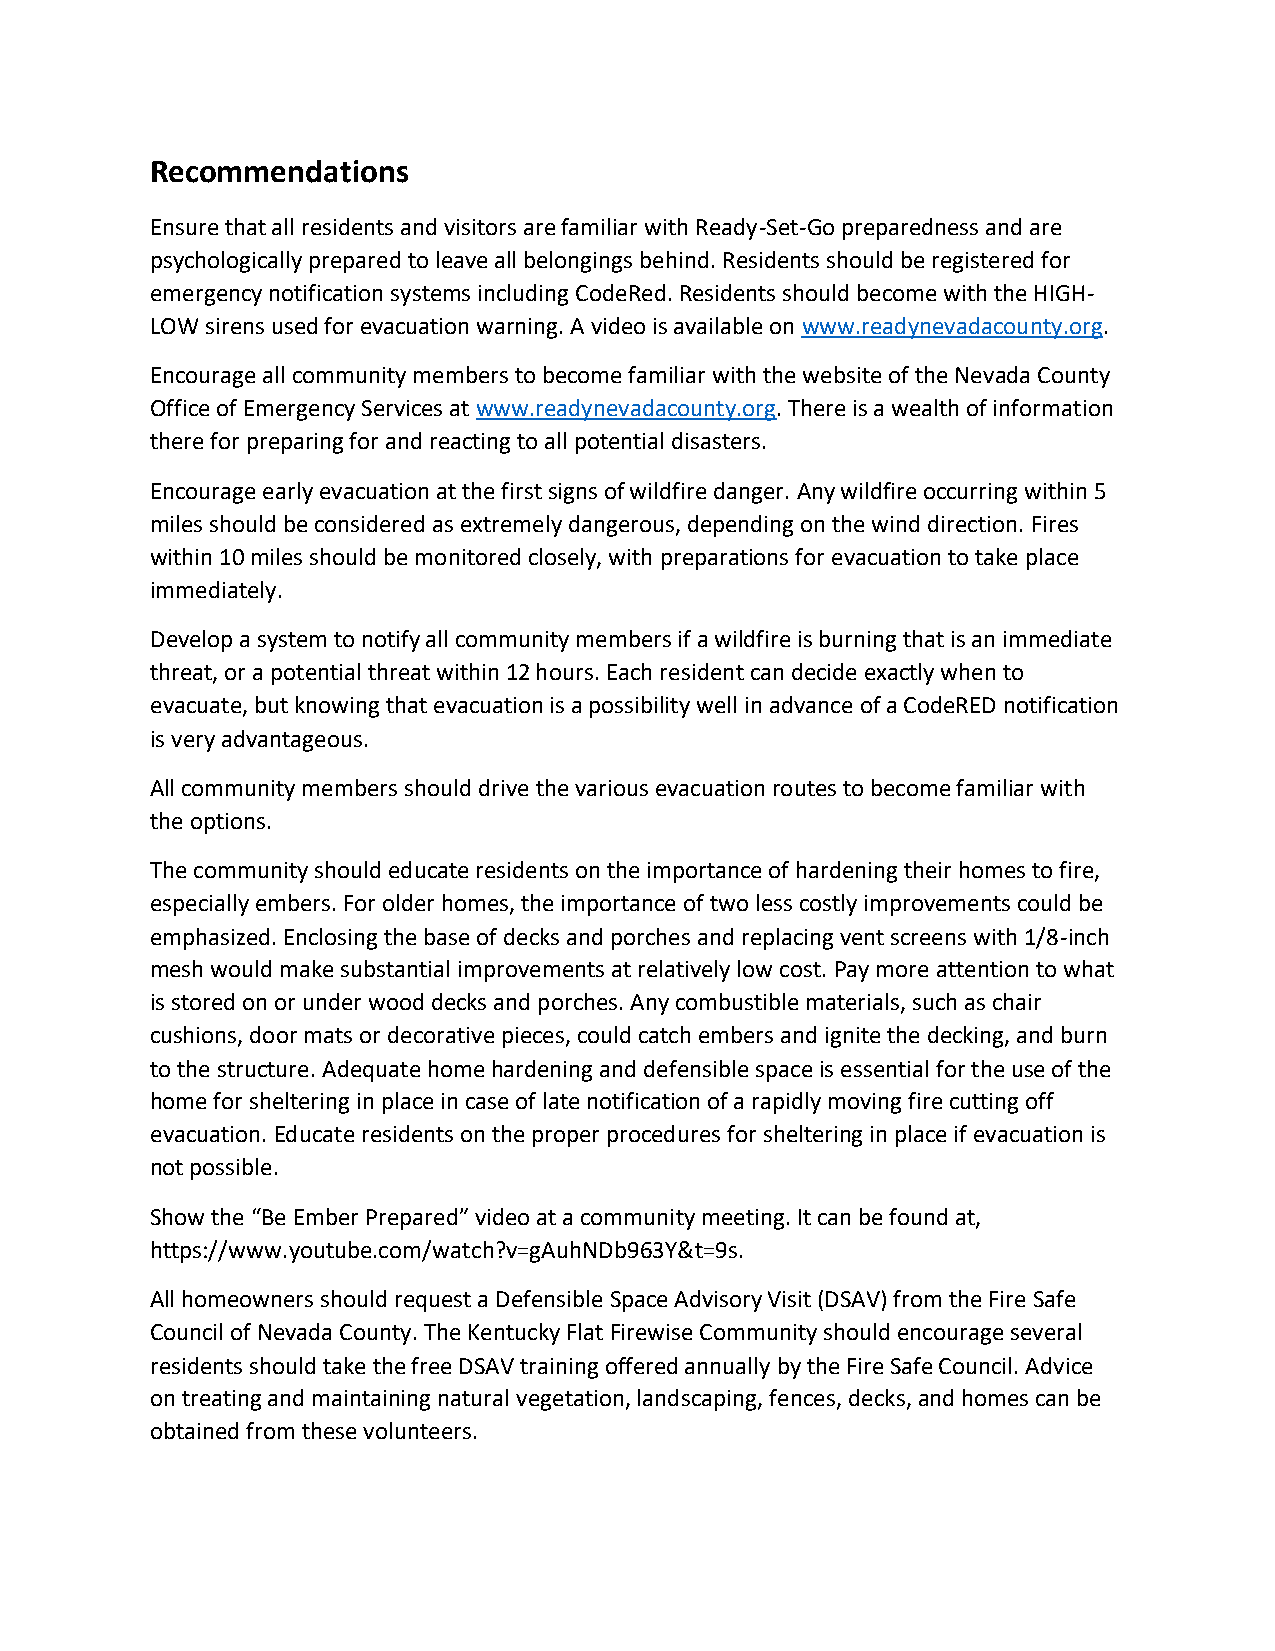
Recommendations
 Ensure that all residents and visitors are familiar with Ready-Set-Go preparedness and are
 psychologically prepared to leave all belongings behind. Residents should be registered for
 emergency notification systems including CodeRed. Residents should become with the HIGH-
 LOW sirens used for evacuation warning. A video is available on www.readynevadacounty.org.
 Encourage all community members to become familiar with the website of the Nevada County
 Office of Emergency Services at www.readynevadacounty.org. There is a wealth of information
 there for preparing for and reacting to all potential disasters.
 Encourage early evacuation at the first signs of wildfire danger. Any wildfire occurring within 5
 miles should be considered as extremely dangerous, depending on the wind direction. Fires
 within 10 miles should be monitored closely, with preparations for evacuation to take place
 immediately.
 Develop a system to notify all community members if a wildfire is burning that is an immediate
 threat, or a potential threat within 12 hours. Each resident can decide exactly when to
 evacuate, but knowing that evacuation is a possibility well in advance of a CodeRED notification
 is very advantageous.
 All community members should drive the various evacuation routes to become familiar with
 the options.
 The community should educate residents on the importance of hardening their homes to fire,
 especially embers. For older homes, the importance of two less costly improvements could be
 emphasized. Enclosing the base of decks and porches and replacing vent screens with 1/8-inch
 mesh would make substantial improvements at relatively low cost. Pay more attention to what
 is stored on or under wood decks and porches. Any combustible materials, such as chair
 cushions, door mats or decorative pieces, could catch embers and ignite the decking, and burn
 to the structure. Adequate home hardening and defensible space is essential for the use of the
 home for sheltering in place in case of late notification of a rapidly moving fire cutting off
 evacuation. Educate residents on the proper procedures for sheltering in place if evacuation is
 not possible.
 Show the “Be Ember Prepared” video at a community meeting. It can be found at,
 https://www.youtube.com/watch?v=gAuhNDb963Y&t=9s.
 All homeowners should request a Defensible Space Advisory Visit (DSAV) from the Fire Safe
 Council of Nevada County. The Kentucky Flat Firewise Community should encourage several
 residents should take the free DSAV training offered annually by the Fire Safe Council. Advice
 on treating and maintaining natural vegetation, landscaping, fences, decks, and homes can be
 obtained from these volunteers.